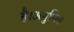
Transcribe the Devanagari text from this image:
है।अगुणित